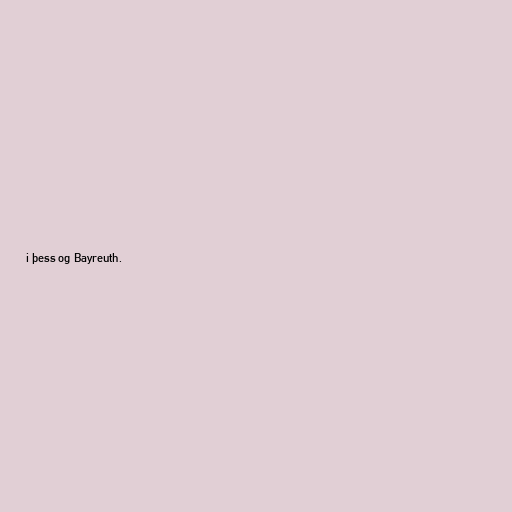
i þess og Bayreuth.